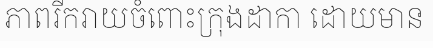
ភាពរីករាយចំពោះក្រុងដាកា ដោយមាន